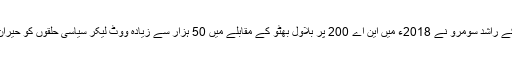
ایم ایم اے کے راشد سومرو نے 2018ء میں این اے 200 پر بلاول بھٹو کے مقابلے میں 50 ہزار سے زیادہ ووٹ لیکر سیاسی حلقوں کو حیران کردیا تھا۔